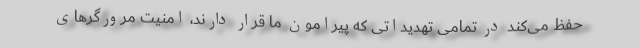
حفظ می‌کند در تمامی تهدیداتی که پیرامون ما قرار دارند، امنیت مرورگرهای